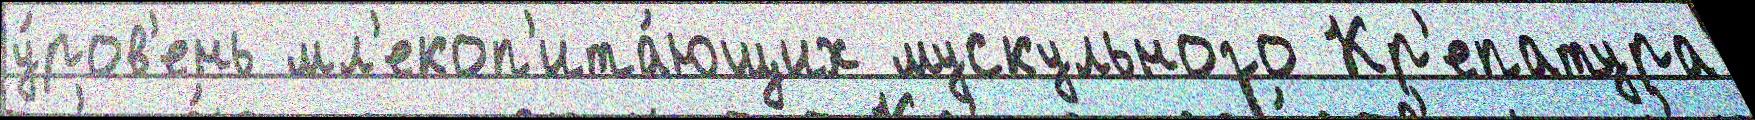
у́ров'ень мл'екоп'ита́ющих мускульного Кр'епатура